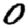
Digit: 0